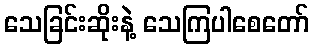
သေခြင်းဆိုးနဲ့ သေကြပါစေတော်